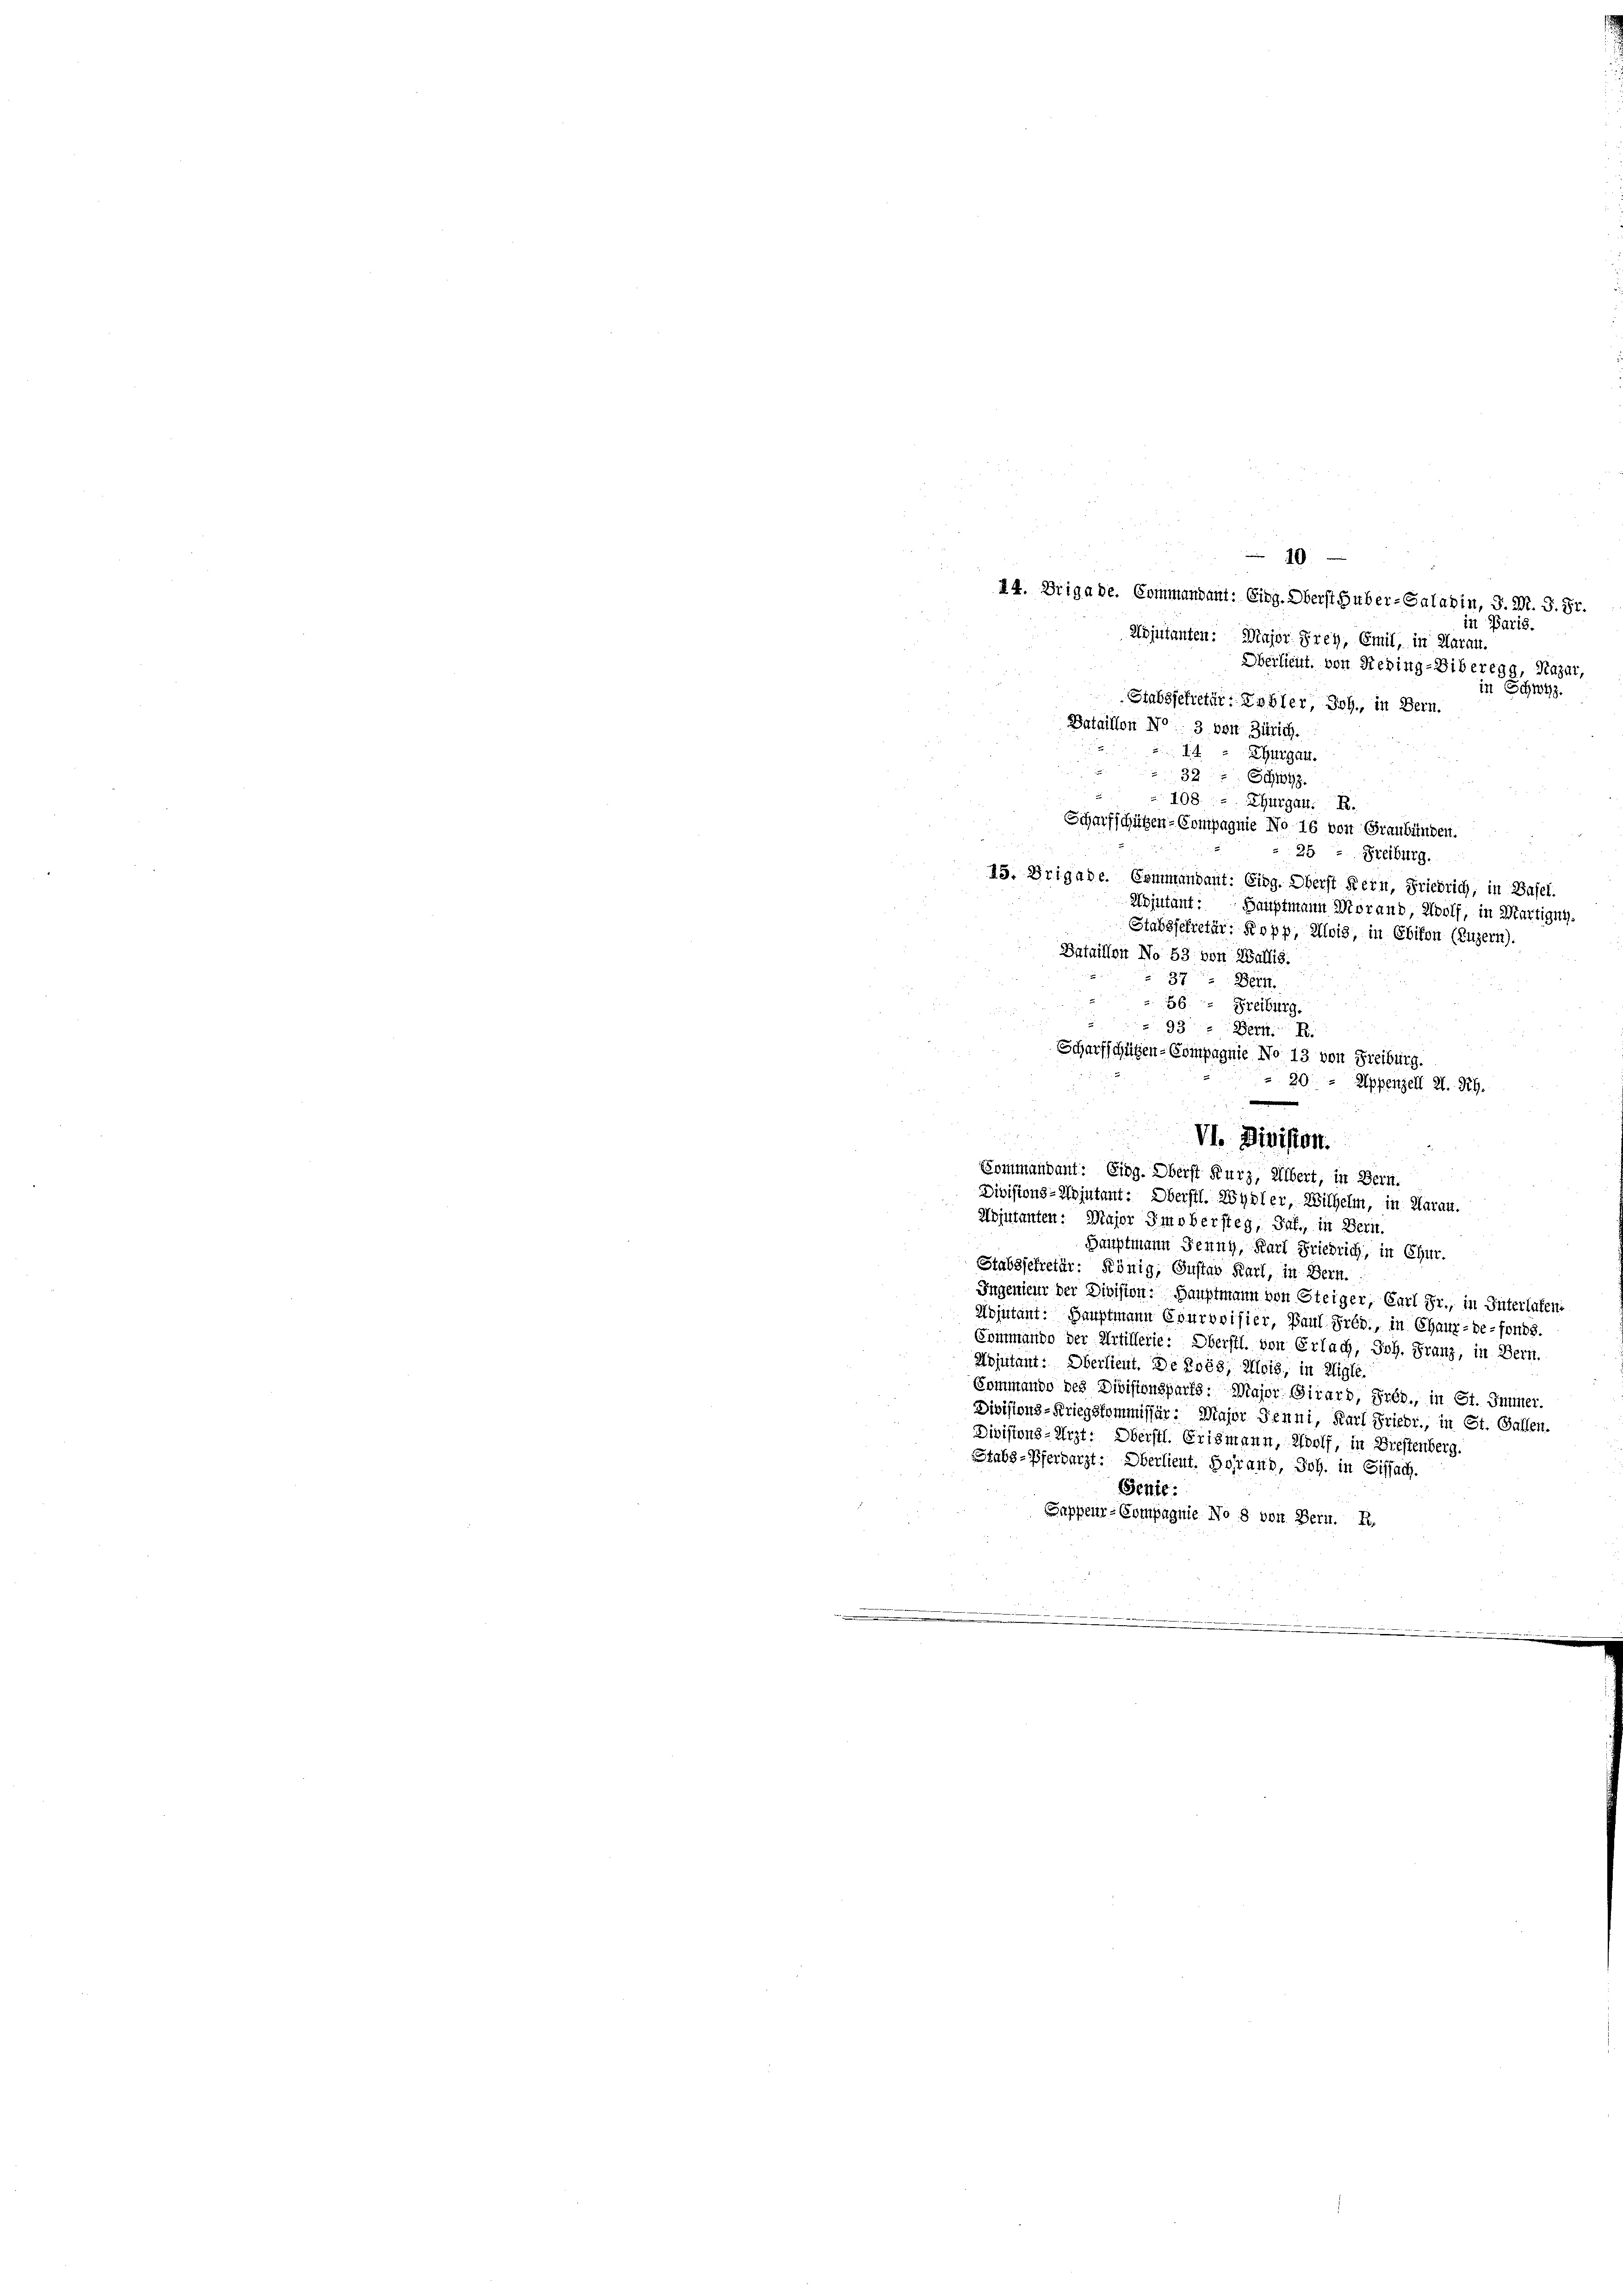
10
44. Brigade. Commandant: Eing. Oberst Huber-Salatin, S. M. G. Fr.
in Paris.

Adjutanten: Major Frey, Emil, in Klaran.
Oberlieut. von Reding-Liberegg, Nazar,
in Schwyz.
Stabssclietär: Kobler, Joh., in Bern.
Bataillon No 3 von Zürich.
14.
Thurgau.
32 Schwyz.
108, Thurgau. R.
Scharfschützen-Compagnie No 16 von Graubünden.
25 " Freiburg.
45. Grigade. Commandant: Eidg. Oberst Kern, Friedrich, in Basel.
Adjutant: Hauptmann Morand, Wolf, in Martigny-
Stabssekretär: Kopp, Alois, in Ebikon (Luzern).
Bataillon No 53 von Wallis.
§ 37. Bern.
56. Freiburg.
93 - Bern. R.
Scharfschützen-Compagnie No 13 von Freiburg.
20x
Appenzell 2. Rh.
.
VI. Division.
Sommandant: Eidg. Oberst Kurz, Albert, in Bern.
Divisions-Wojutant: Oberstl. Wydler, Wilhelm, in Aarau.
Hojutanten: Major Imobersteg, Jaf., in Bern,
Hauptmann Jenny, Karl Friedrich, in Chur.
Stabssekretär: König, Gustav Karl, in Bern.
Ingenieur der Division: Hauptmann von Steiger, Carl Fr., in Interlafen
Adjutant: Hauptmann Evurovisier, Paul Préd., in Chaux-de-Fonds.
Commando der Artillerie: Oberstl. von Erlach, Joh. Franz, in Bern.
Nojutant: Oberlieut. De Roés, Mois, in Kligle
Commando des Divisionsparts: Major Girard, Prés., in St. Immer.
Divisions-Kriegskommissär: Major Jenni, Karl Friedr., in St. Gallen.
Divisions-Arzt: Oberstl. Erismann, Wolf, in Dreftenberg.
Stabs-Pferdarzt: Oberlieut. Horaus, Joh. in Sissach.
Genie.
Sappeur-Compagnie No 8 von Bern. R.
 |
.